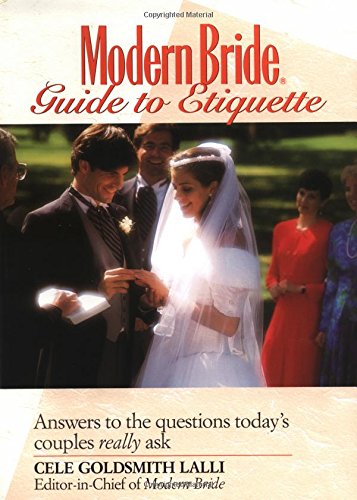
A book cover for Modern Bride(r) Guide to Etiquette: Answers to the Questions Today's Couples Really Ask; Cele  Goldsmith Lalli; Crafts, Hobbies & Home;